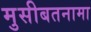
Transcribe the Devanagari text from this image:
मुसीबतनामा